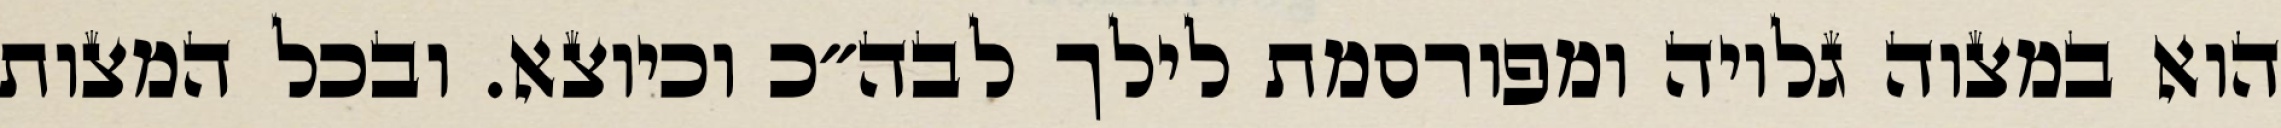
הוא במצוה גלויה ומפורסמת לילך לבה״כ וכיוצא. ובכל המצות